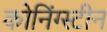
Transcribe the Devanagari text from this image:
कोनिंग्स्टीन